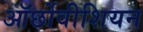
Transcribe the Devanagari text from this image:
ऑर्छोवीशियन